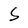
Character: S